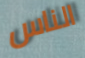
الناس